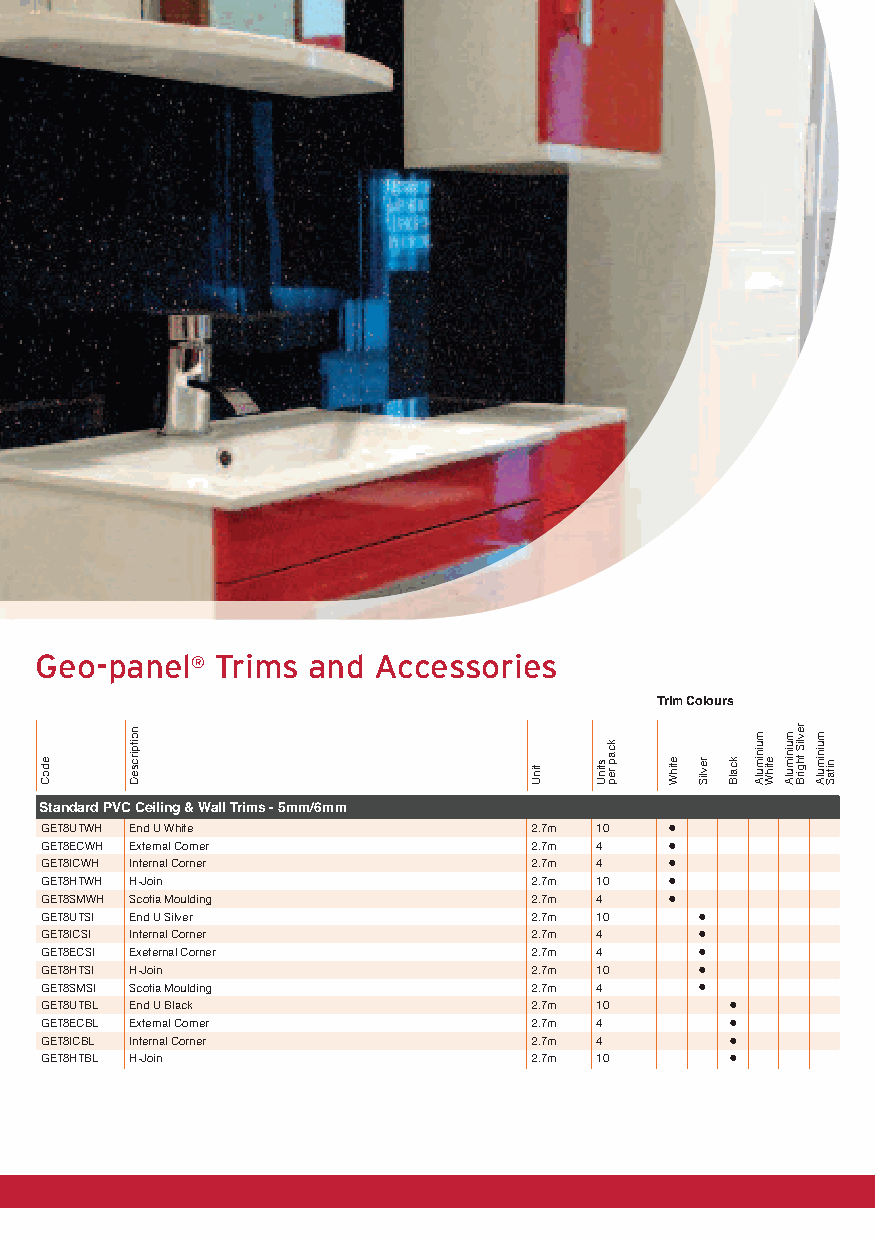
Geo-panel   Trims and Accessories
 ®
 Trim Colours
 Standard PVC Ceiling & Wall Trims - 5mm/6mm
 GET8UTWH End U White            2.7m 10   •
 GET8ECWH External Corner        2.7m 4    •
 GET8ICWH Internal Corner        2.7m 4    •
 GET8HTWH H-Join                 2.7m 10   •
 GET8SMWH Scotia Moulding        2.7m 4    •
 GET8UTSI End U Silver           2.7m 10     •
 GET8ICSI Internal Corner        2.7m 4      •
 GET8ECSI Exeternal Corner       2.7m 4      •
 GET8HTSI H-Join                 2.7m 10     •
 GET8SMSI Scotia Moulding        2.7m 4      •
 GET8UTBL End U Black            2.7m 10       •
 GET8ECBL External Corner        2.7m 4        •
 GET8ICBL Internal Corner        2.7m 4        •
 GET8HTBL H-Join                 2.7m 10       •
 J3920-Freefoam A5 Catalogue-150316-v2.indd 38    15/03/2016 16:42
 edoC
 noitpircseD
 tinU stinU
 kcap
 rep etihW revliS kcalB
 muinimulA
 etihW
 muinimulA revliS
 thgirB
 muinimulA
 nitaS